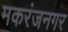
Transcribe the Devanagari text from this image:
मकरंजनगर